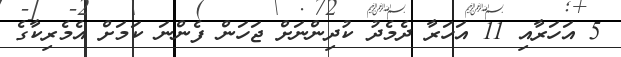
5 އަހަރާއި 11 އަހަރާ ދެމެދު ކުދިންނަށް ޖަހަން ފެންނަ ކަމަށް އެމެރިކާގެ